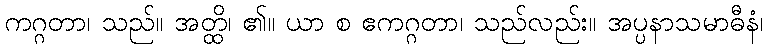
ကဂ္ဂတာ၊ သည်။ အတ္ထိ၊ ၏။ ယာ စ ဧကဂ္ဂတာ၊ သည်လည်း။ အပ္ပနာသမာဓီနံ၊